Vaccination North-Western Provinces and Oudh 1896-1901 - 1896-1901
Year: 1896
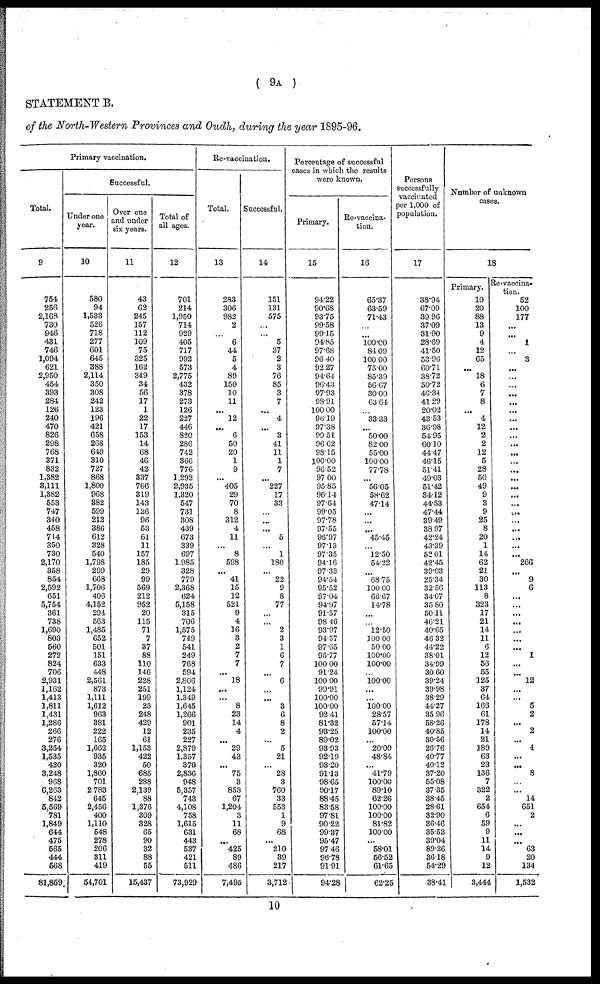
( 9A )
STATEMENT B.
of the North-Western Provinces and Oudh, during the year 1895-96.
Primary vaccination.
Total.
9
754
256
2,168
730
946
431
746
1,094
621
2,950
454
393
284
126
240
470
826
298
768
371
832
1,382
3,111
1,382
553
747
340
458
714
350
730
2,170
358
854
2,592
651
5,754
361
738
1,690
803
560
272
824
706
2,931
1,162
1,413
1,811
1,431
1,286
266
276
3,254
1,535
420
3,248
968
6,263
842
5,569
781
1,849
644
475
565
444
568
81,859
Successful.
Under one
year.
10
580
94
1,533
526
718
277
601
645
388
2,114
350
308
242
123
196
421
658
268
649
310
727
868
1,800
968
382
599
212
386
612
328
540
1,798
299
668
1,706
406
4,152
294
563
1,485
652
501
151
633
448
2,561
873
1,111
1,612
963
381
222
165
1,662
935
320
1,860
701
2,783
645
2,456
400
1,110
548
278
206
311
419
54,701
Over one
and under
six years.
11
43
62
245
157
112
109
75
325
162
349
34
56
17
1
22
17
153
14
68
46
42
337
766
319
143
126
96
53
61
11
157
185
29
99
569
212
952
20
115
71
7
37
88
110
146
228
251
199
23
248
429
12
61
1,153
422
50
685
288
2,139
88
1,376
309
328
65
90
32
88
55
15,437
Total of
all ages.
12
701
214
1,950
714
929
405
717
992
573
2,775
432
378
273
126
227
446
820
286
742
366
776
1,292
2,935
1,320
547
731
308
439
673
339
697
1,985
328
779
2,368
624
5,158
315
706
1,575
749
541
249
768
594
2,806
1,124
1,349
1,645
1,266
901
235
227
2,879
1,357
370
2,836
948
5,357
743
4,108
758
1,615
631
443
537
421
511
73,929
Re-vaccination.
Total.
13
283
306
982
2
...
6
44
5
4
89
150
10
11
...
12
...
6
50
20
1
9
...
405
29
70
8
312
4
11
...
8
598
...
41
15
12
521
9
4
16
3
2
7
7
...
18
...
...
8
23
14
4
...
29
43
...
75
3
853
67
1,204
3
11
68
...
425
89
486
7,495
Successful.
14
151
131
575
...
...
5
37
2
3
76
85
3
7
...
4
...
3
41
11
1
7
...
227
17
33
...
...
...
5
...
1
180
...
22
9
8
77
...
...
2
3
1
6
7
...
6
...
...
3
6
8
2
...
5
21
...
28
3
760
33
553
1
9
68
...
210
39
217
3,712
Percentage of successful
cases in which the results
were known.
Primary.
15
94.22
90.68
93.75
99.58
99.15
94.85
97.68
96.40
92.27
94.64
90.43
97.93
98.91
100.00
96.19
97.38
99.51
96.62
98.15
100.00
96.52
97.00
95.85
96.14
97.64
99.05
97.78
97.55
95.97
97.13
97.35
94.16
97.33
94.54
95.52
97.04
94.97
91.57
98.46
93.97
94.57
97.65
95.77
100.00
91.24
100.00
99.91
100.00
100.00
92.41
81.32
93.25
89.02
93.93
92.19
93.20
91.13
98.65
90.17
88.45
83.58
97.81
90.22
99.87
95.47
97.46
96.78
91.91
94.28
Re-vaccina¬
tion.
16
65.37
63.59
71.43
...
...
100.00
84.09
100.00
75.00
85.39
56.67
30.00
63.64
...
33.33
...
50.00
82.00
55.00
100.00
77.78
...
56.05
58.62
47.14
...
...
...
45.45
...
12.50
54.22
...
68.75
100.00
66.67
14.78
...
...
12.50
300.00
50.00
100.00
100.00
...
100.00
...
...
100.00
28.57
57.14
100.00
...
20.00
48.84
...
41.79
100.00
89.10
62.26
100.00
100.00
81.82
100.00
...
58.01
56.52
61.65
62.25
Persons
successfully
vaccinated
per 1,000 of
population.
17
38.94
67.09
39.96
37.09
31.90
28.69
41.50
53.96
60.71
38.72
50.72
46.34
41.29
20.02
43.53
36.98
54.95
60.10
44.47
46.15
51.41
49.03
51.42
34.12
44.53
47.44
39.49
38.97
42.24
43.39
52.01
42.45
39.03
25.34
32.56
34.07
35.80
50.11
46.21
40.65
46.32
44.22
38.01
34.99
30.60
39.24
39.98
38.29
44.27
35.96
58.26
40.85
30.56
26.76
40.77
40.12
37.20
55.08
37.35
38.45
28.61
32.90
36.46
35.53
39.04
89.26
36.18
54.29
38.41
Number of unknown
cases.
18
Primary.
10
20
88
13
9
4
12
65
...
18
6
7
8
...
4
12
2
2
12
5
28
50
49
9
3
9
25
8
20
1
14
62
21
30
113
8
323
17
21
14
11
6
12
56
55
125
37
64
166
61
178
14
21
189
63
23
136
7
322
2
654
6
59
9
11
14
9
12
3,444
Re-vaccina¬
tion. 52
100
177
...
...
1
...
3
...
...
...
...
...
...
...
...
...
...
...
...
...
...
...
...
...
...
...
...
...
...
...
266
...
9
6
...
...
...
...
...
...
...
1
...
...
12
...
...
5
2
...
2
...
4
...
...
8
...
...
14
651
2
...
...
...
63
20
134
1,532
10